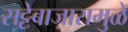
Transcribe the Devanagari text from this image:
सट्टेबाजारामुळे